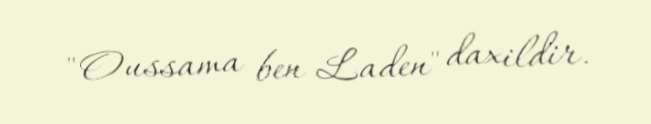
"Oussama ben Laden" daxildir.